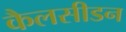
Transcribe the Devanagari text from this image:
कैलसीडन